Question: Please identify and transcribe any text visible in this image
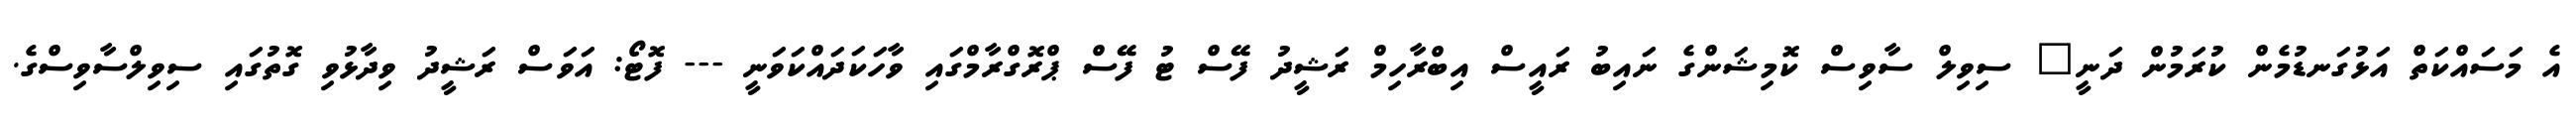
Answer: އެ މަސައްކަތް އަޅުގަނޑުމެން ކުރަމުން ދަނީ" ސިވިލް ސާވިސް ކޮމިޝަންގެ ނައިބު ރައީސް އިބްރާހިމް ރަޝީދު ފޭސް ޓު ފޭސް ޕްރޮގްރާމްގައި ވާހަކަދައްކަވަނީ --- ފޮޓޯ: އަވަސް ރަޝީދު ވިދާޅުވި ގޮތުގައި ސިވިލްސާވިސްގެ.